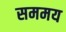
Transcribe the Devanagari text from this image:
सममय